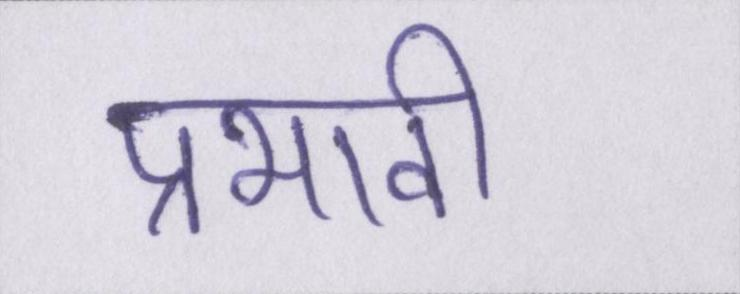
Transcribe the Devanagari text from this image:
प्रभावी